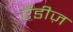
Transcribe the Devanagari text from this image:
एँडीज़